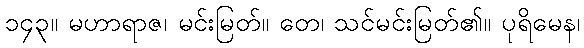
၁၄၃။ မဟာရာဇ၊ မင်းမြတ်။ တေ၊ သင်မင်းမြတ်၏။ ပုရိမေန၊